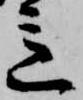
意